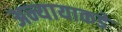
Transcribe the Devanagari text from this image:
अन्यायाकडे